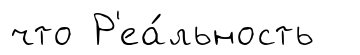
что Р'еа́льность